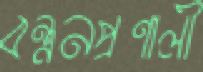
বন্ধনপ্রণালী